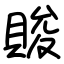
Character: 賐